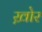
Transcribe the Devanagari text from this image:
ख़ोर